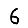
Digit: 6